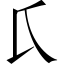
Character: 𱍸